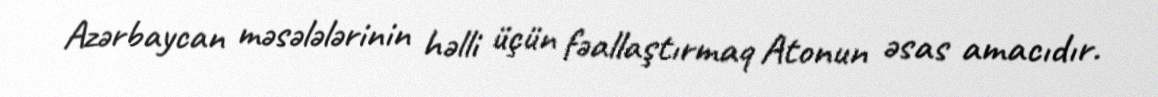
Azərbaycan məsələlərinin həlli üçün fəallaştırmaq Atonun əsas amacıdır.